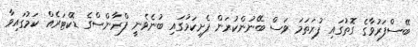
ބޭސްފަރުވާގެ ގޮތުގައި ފުރަތަމަ ވަސް ބޭނުންކުރަން ފެށިކަމުގައި ބުނެވެނީ ފްރާންސްގެ ޑޮކްޓަރެއް ކަމުގައިވާ